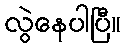
လွဲနေပါပြီ။